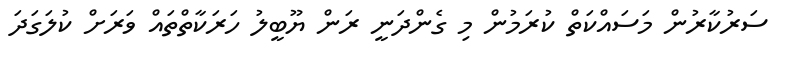
ސަރުކާރުން މަސައްކަތް ކުރަމުން މި ގެންދަނީ ރަން ޔޫބީލު ހަރަކާތްތައް ވަރަށް ކުލަގަދަ